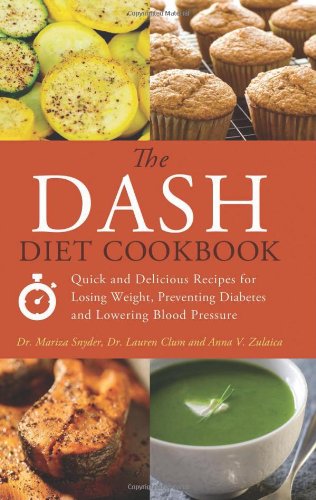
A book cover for The DASH Diet Cookbook: Quick and Delicious Recipes for Losing Weight, Preventing Diabetes, and Lowering Blood Pressure; Mariza Snyder; Cookbooks, Food & Wine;